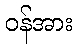
ဝန်အား